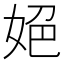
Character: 𡜆